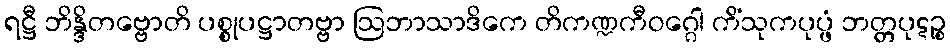
ရဋ္ဌီ ဘိန္ဒိတဗ္ဗောတိ ပစ္စုပဋ္ဌာတဗ္ဗာ ဩဘာသာဒိကေ တိကဏ္ဍကီဝဂ္ဂေါ ကိံသုကပုပ္ဖံ ဘတ္တပုဋဉ္စ